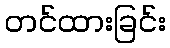
တင်ထားခြင်း